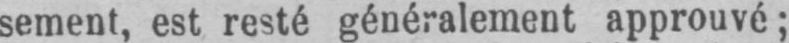
sement, est resté généralement approuvé;